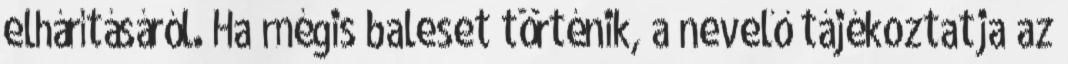
elhárításáról. Ha mégis baleset történik, a nevelő tájékoztatja az